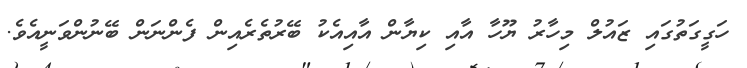
ހަގީގަތުގައި ޒައުލް މިހާރު ޔޫހާ އާއި ކިޔާން އާއިއެކު ބޭރުތެރެއިން ފެންނަން ބޭނުންވަނީއެވެ.